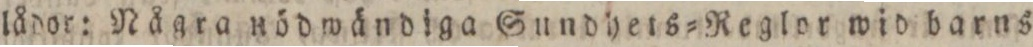
lådor: Några nödwändiga Sundhets=Reglor wid barns